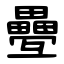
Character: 疉